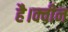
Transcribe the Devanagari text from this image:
है।क्वीन